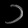
Digit: ၁